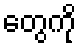
တွေကို